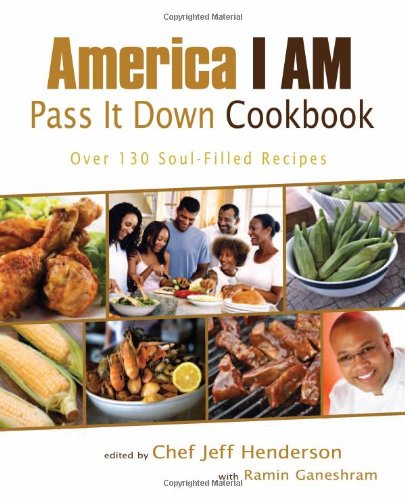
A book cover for America I AM Pass It Down Cookbook: Over 130 Soul-Filled Recipes; Cookbooks, Food & Wine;